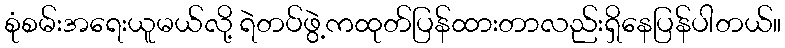
စုံစမ်းအရေးယူမယ်လို့ ရဲတပ်ဖွဲ့ကထုတ်ပြန်ထားတာလည်းရှိနေပြန်ပါတယ်။